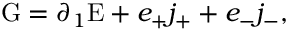
\mathrm { G } = \partial _ { 1 } \mathrm { E } + e _ { + } j _ { + } + e _ { - } j _ { - } ,